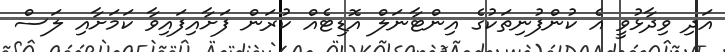
އަދި ވިދާޅުވީ އެ ކުންފުނިތަކުގެ އިންޓާނަލް އޮޑިޓެއް ކުރަން ފަށާއިފައިވާ ކަމަށާއި ލަސް